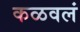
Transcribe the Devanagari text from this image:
कळवलं